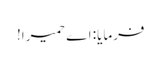
فرمایا: اے حمیرا!